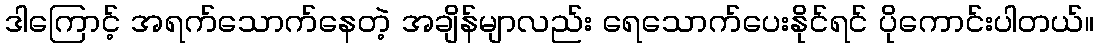
ဒါကြောင့် အရက်သောက်နေတဲ့ အချိန်မျာလည်း ရေသောက်ပေးနိုင်ရင် ပိုကောင်းပါတယ်။